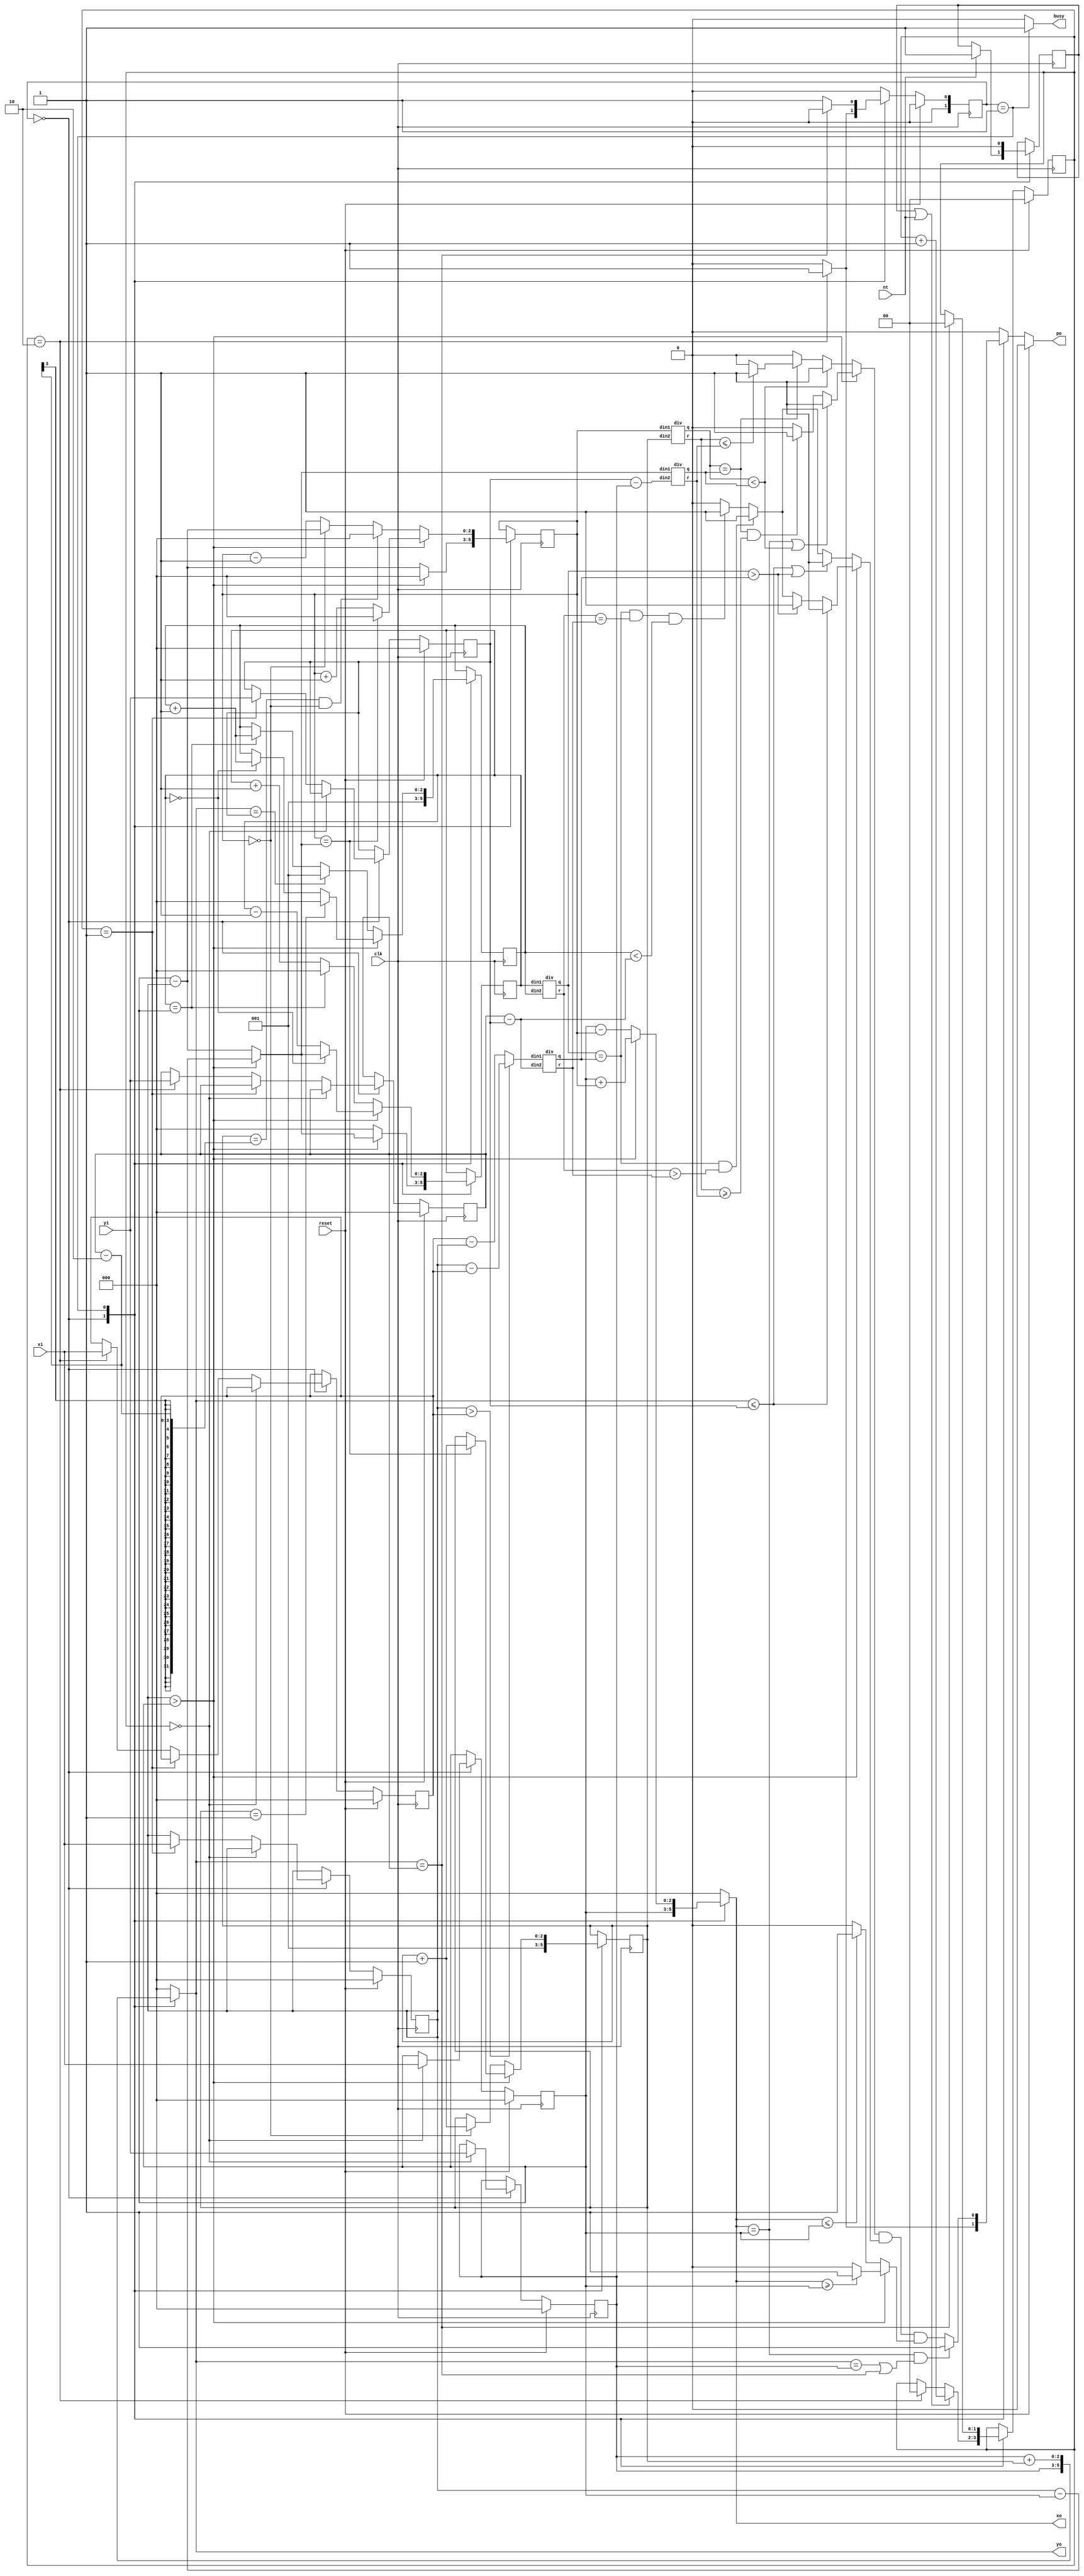
module triangle (clk, reset, nt, xi, yi, busy, po, xo, yo);
input clk, reset, nt;
input [2:0] xi, yi;
output busy, po;
output [2:0] xo, yo;
reg [2:0] xo,yo;
reg po;
wire ok;
reg [2:0] x1, x2, x3, y1, y2, y3;
reg [2:0]x_shift,y_shift; //x1 y_shift
reg [2:0]x_shift2,y_shift2;
localparam S0=3'd0,S1=3'd1,S2=3'd2,S3=3'd3;
reg [1:0]next_state;
reg [1:0]present_state;
reg [1:0]cnt;
reg first;
wire [2:0]q12,r12,q23,r23;
wire [2:0]q_shift,r_shift,q_shift2,r_shift2;
wire [2:0]linex12,liney12,linex23,liney23;
assign linex12=(x2>x1)?x2-x1:x1-x2;
assign liney12=y2-y1;
assign liney23=y3-y2;
assign linex23=(x2>x3)?x2-x3:x3-x2;
reg algo12,algo23,algo13;
assign ok=(xo==x1 && (yo==y1 ||yo==y3) )?1: 	algo12&algo23&algo13; //edge 2 points
assign busy=(present_state==S1)? 1:0;
div L12(.din1(linex12),.din2(liney12),.q(q12),.r(r12));
div L23(.din1(linex23),.din2(liney23),.q(q23),.r(r23));
div shift(.din1(x_shift),.din2(y_shift),.q(q_shift),.r(r_shift));
div shift2(.din1(x_shift2),.din2(y_shift2),.q(q_shift2),.r(r_shift2));
always@(posedge clk)begin
	case(present_state)
		S0:
			if(nt==1)
				first<=1;
		S1:
			first<=0;
	endcase
end
always@(*)begin
	case(present_state)
		S0:
			begin
				xo=x1;
				yo=y1;
			end
		S1:
			if(x2>x1)begin
				xo=x1+x_shift;
				yo=y1+y_shift;
			end
			else	begin
				xo=x1-x_shift;
				yo=y1+y_shift;
			end
		default:begin
			xo=0;
			yo=0;
		end
		endcase
end
always@(*)begin
	if(x2>x1)begin
		if(xo==x1 ||q_shift< q12)
			algo12=1;
		else if(q_shift== q12 && r_shift>=r12)
			algo12=1;
		else
			algo12=0;
	end
	else	begin
		if(q_shift< q12)
			algo12=1;
		else if(q_shift==q12 )begin
			if(r_shift<=r12)
				algo12=1;
			else
				algo12=0;
		end
		else
			algo12=0;
	end
end
always@(*)begin
	if(x2>x1)begin
		if(xo>=x1)
			algo13=1;
		else
			algo13=0;
	end
	else	begin
		if(xo<=x1)
			algo13=1;
		else
			algo13=0;
	end
end
always@(*)begin
	if(x2>x1)begin
		if(yo<=y2)
			algo23=1;
		else if(q_shift2> q23 )
			algo23=1;
		else if(q_shift2==q23 && r_shift2>r23)
			algo23=1;
		else if(q_shift2==q23 & r_shift2==r23 &y_shift2<liney23)
			algo23=1;
		else
			algo23=0;
	end
	else	begin
		if(yo<=y2 || q_shift2>q23)
			algo23=1;
		else if(q_shift2 == q23 &&r_shift2>r23)
			algo23=1;
		else if(q_shift2==q23 &r_shift2==r23&y_shift2 <liney23)
			algo23=1;
		else
			algo23=0;
	end
end
always@(posedge clk)begin
	if(reset)
		present_state<=S0;
	else
		present_state <= next_state;
end
always@(*)begin
	if(reset)
		next_state=S0;
	else	begin
		case(present_state)
			S0:
				if(cnt==2)
					next_state=S1;
				else
					next_state=S0;
			S1:
				if(yo==y3)
					next_state=S0;
				else
					next_state=S1;
			default:
				next_state=S0;
		endcase
	end 
end
always@(*)begin
	if(reset)
		po=0;
	else begin
		case(present_state)
			S0:
				if(cnt==2)
					po=1;
				else
					po=0;
			S1:
					po=ok;
			default:
				po=0;
		endcase
	end
end
always@(posedge clk)begin
	if(reset)
		cnt<=0;
	else begin
		case(present_state)
			S0:
				if(first||nt)
					cnt<=cnt+1;
				else if(cnt==2)
					cnt<=0;
			S1:
				if(yo==y3 )
					cnt<=0;
				else
					cnt<=cnt;
			default:
				cnt<=cnt;
		endcase
	end
end
always@(posedge clk)begin
	if(reset)begin
		x1<=0;
		x2<=0;
		x3<=0;
		y1<=0;
		y2<=0;
		y3<=0;
	end
	else begin
		case(present_state)
			S0:begin
				if(cnt==0)begin
					x1<=xi;
					y1<=yi;
				end
				else if(cnt==1)begin
					x2<=xi;
					y2<=yi;
				end
				else if(cnt==2)begin
					x3<=xi;
					y3<=yi;
				end
			end
			default:begin
				x1<=x1;
				x2<=x2;
				x3<=x3;
				y1<=y1;
				y2<=y2;
				y3<=y3;
			end
		endcase
	end
end
always@(posedge clk)begin
	begin
		case(present_state)
			S0:
				if(x2>x1)
					x_shift<=0;
				else
					x_shift<=x1-x2;
			S1:
				if(x2>x1)begin
					if(x_shift==linex12)
						x_shift<=0;
					else
						x_shift<=x_shift+1;
				end
				else begin
					if(y_shift==y3-2 &&x_shift==0)
						x_shift<=0;
					else	if(x_shift==0)
						x_shift<=x1-x2;
					else
						x_shift<=x_shift-1;
				end
			default:
				x_shift<=x_shift;
		endcase
	end
end
always@(posedge clk)begin
	begin
		case(present_state)
			S0:
				y_shift<=1;
			S1:
				if(x2>x1)begin
					if(x_shift==linex12)
						y_shift<=y_shift+1;
					else
						y_shift<=y_shift;
				end
				else	begin
					if(x_shift==0)
						y_shift<=y_shift+1;
					else
						y_shift<=y_shift;
				end
			default:
				y_shift<=y_shift;
		endcase
	end
end
always@(posedge clk)begin
		case(present_state)
			S0:
				y_shift2<=1; //fix 1
			S1:
				if(x2>x1)begin
					if(y_shift==1)
						y_shift2<=0;
					else if(x_shift2==0)
						y_shift2<=y_shift2+1;
					else
						y_shift2<=y_shift2;
				end
				else	begin
					if(yo==y2)
							y_shift2<=1;
					else if(x_shift2==x1)
							y_shift2<=y_shift2+1;
				end
			default:
				y_shift2<=y_shift2;
		endcase
end
always@(posedge clk)begin
	begin
		case(present_state)
			S0:
				if(x2>x1)
					x_shift2<=linex12;
				else
					x_shift2<=0;
			S1:
				if(x2>x1)begin
					if(x_shift2==0)
						x_shift2<=linex12;
					else
						x_shift2<=x_shift2-1;
				end
				else
					if(x_shift2==x1)
						x_shift2<=0;
					else
						x_shift2<=x_shift2+1;
			default:
				x_shift2<=x_shift2;
		endcase
	end
end
endmodule
module div(
input [2:0]din1,
input [2:0]din2,
output reg [2:0]q,
output reg [2:0]r
);
always@(*)begin
	if(din2>din1)begin
		q=0;	r=din1;
	end
	else begin
		case(din2)
			0:	begin
				q=0;	r=0;
				end
			1:	begin
				q=din1;	r=0;
				end
			2:	begin
				q=din1[2:1];	r=din1[0];
				end
			3:
				if(din1==6)begin
					q=2;	r=0;
				end
				else	begin
					q=1;	r=din1-din2;
				end
			4:	begin
					q=1;	r=din1-din2;
				end
			5:
				begin
					q=1;	r=din1-din2;
				end
			6:	begin
					q=1;	r=0;
				end
			default:begin
				q=0;
				r=0;
			end
		endcase
	end
end
endmodule